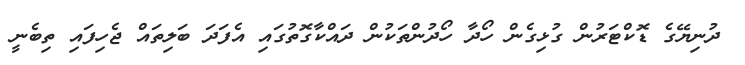
ދުނިޔޭގެ ޑޮކްޓަރުން ގުޅިގެން ހޯދާ ހޯދުންތަކުން ދައްކާގޮތުގައި އެފަދަ ބަލިތައް ޖެހިފައި ތިބެނީ